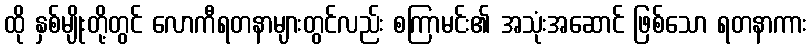
ထို နှစ်မျိုးတို့တွင် လောကီရတနာများတွင်လည်း စကြာမင်း၏ အသုံးအဆောင် ဖြစ်သော ရတနာကား